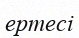
ертесі